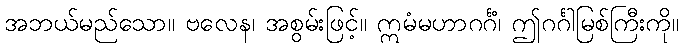
အဘယ်မည်သော။ ဗလေန၊ အစွမ်းဖြင့်။ ဣမံမဟာဂင်္ဂံ၊ ဤဂင်္ဂါမြစ်ကြီးကို။